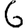
Digit: 6